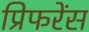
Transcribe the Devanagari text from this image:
प्रिफरेंस